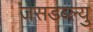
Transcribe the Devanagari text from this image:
जेसडब्ल्यु